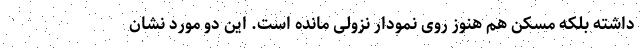
داشته بلکه مسکن هم هنوز روی نمودار نزولی مانده است. این دو مورد نشان